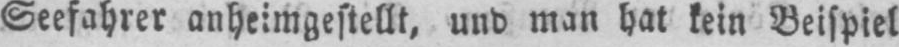
Seefahrer anheimgestellt, und man hat kein Beispiel